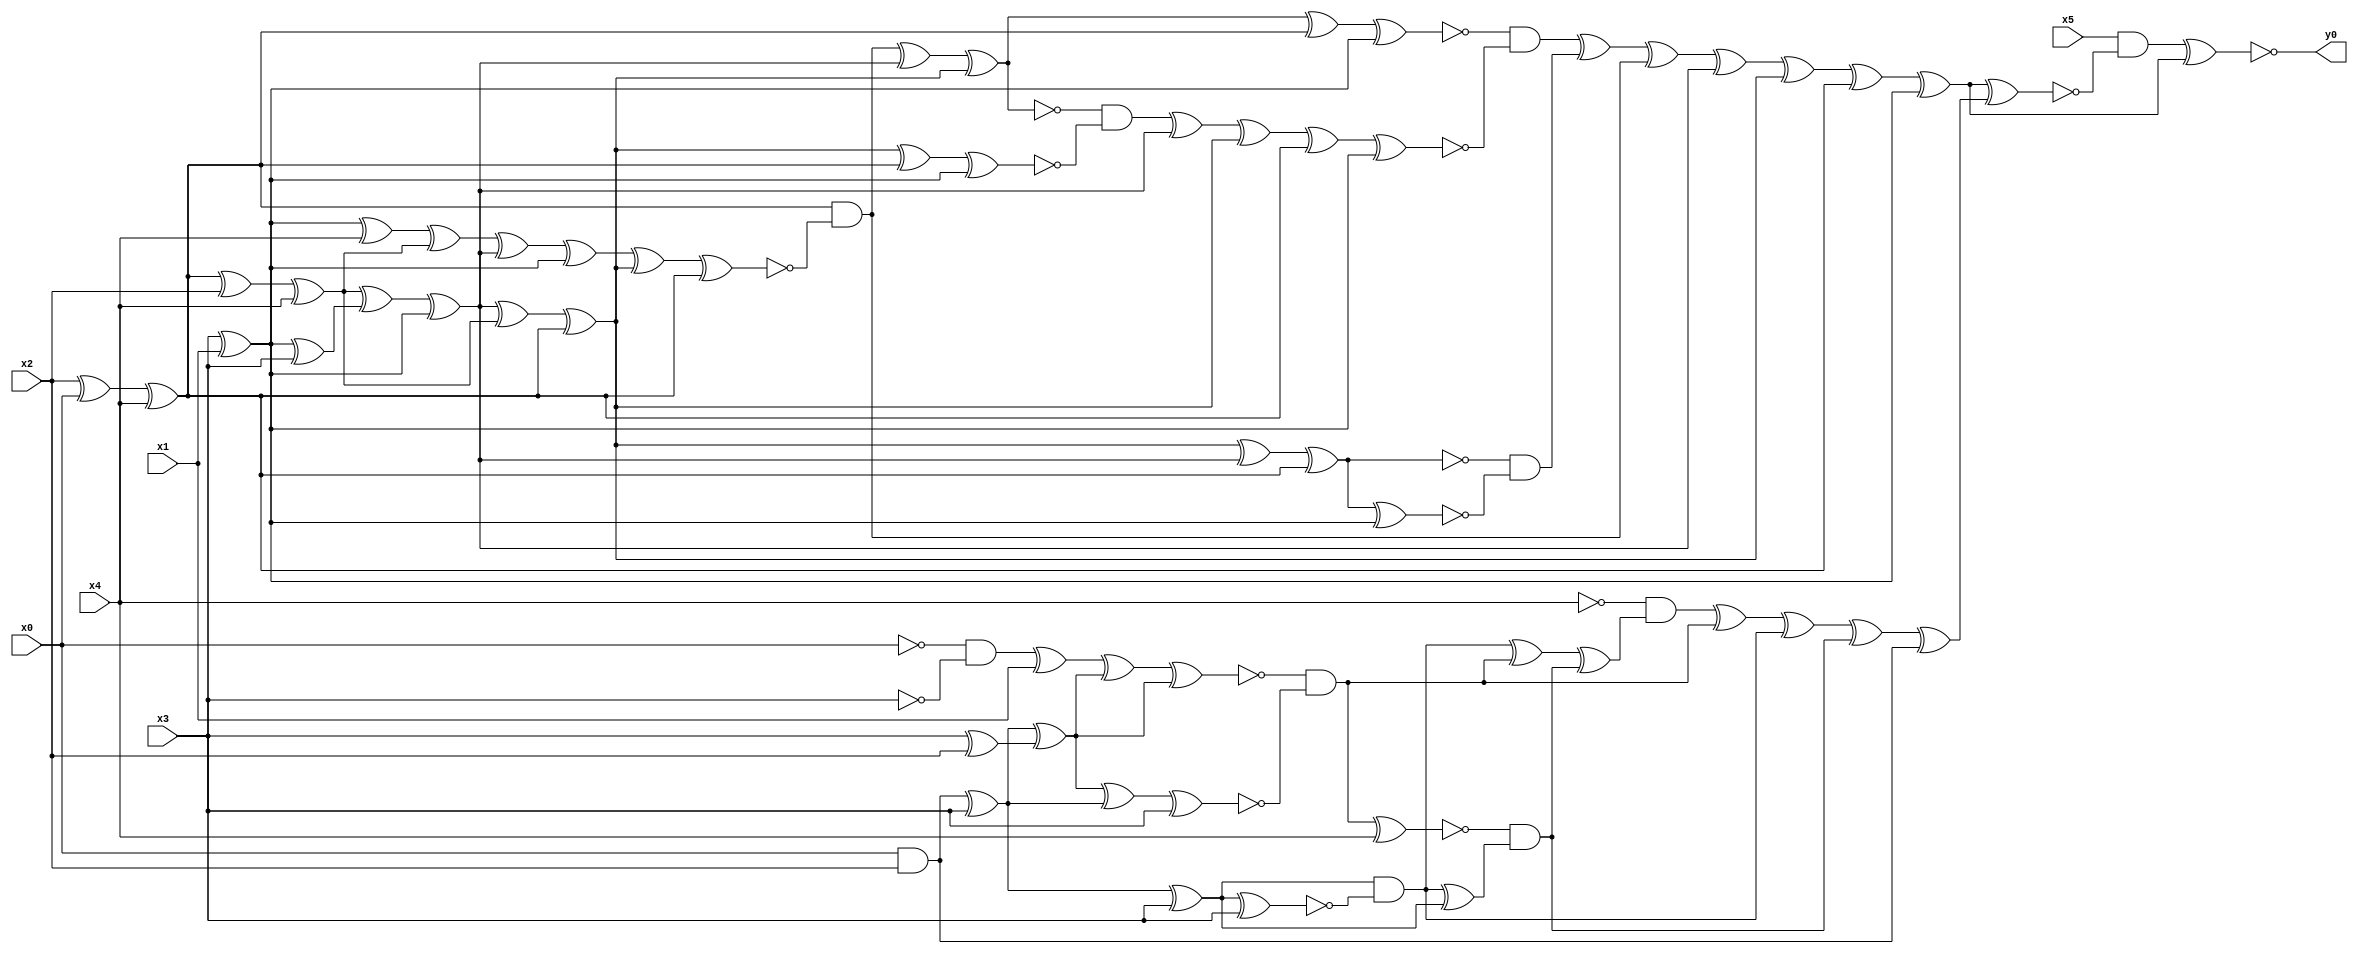
module top( x0 , x1 , x2 , x3 , x4 , x5 , y0 );
  input x0 , x1 , x2 , x3 , x4 , x5 ;
  output y0 ;
  wire n7 , n8 , n9 , n10 , n11 , n12 , n13 , n14 , n15 , n16 , n17 , n18 , n19 , n20 , n21 , n22 , n23 , n24 , n25 , n26 , n27 , n28 , n29 , n30 , n31 , n32 , n33 , n34 , n35 , n36 , n37 , n38 , n39 , n40 , n41 , n42 , n43 , n44 , n45 , n46 , n47 , n48 , n49 , n50 , n51 , n52 , n53 , n54 , n55 , n56 , n57 , n58 , n59 , n60 , n61 , n62 , n63 , n64 , n65 , n66 , n67 , n68 , n69 , n70 , n71 , n72 ;
  assign n33 = x2 ^ x0 ;
  assign n34 = n33 ^ x4 ;
  assign n31 = x3 ^ x1 ;
  assign n45 = n31 ^ x4 ;
  assign n35 = n34 ^ x2 ;
  assign n36 = n35 ^ x4 ;
  assign n46 = n45 ^ n36 ;
  assign n32 = n31 ^ x3 ;
  assign n37 = n36 ^ n32 ;
  assign n38 = n37 ^ n31 ;
  assign n47 = n46 ^ n38 ;
  assign n48 = n47 ^ n31 ;
  assign n39 = n38 ^ n36 ;
  assign n40 = n39 ^ n34 ;
  assign n49 = n48 ^ n40 ;
  assign n50 = n49 ^ n34 ;
  assign n51 = n34 & ~n50 ;
  assign n52 = n51 ^ n38 ;
  assign n53 = n52 ^ n40 ;
  assign n54 = n53 ^ n34 ;
  assign n55 = n54 ^ n31 ;
  assign n56 = n40 ^ n34 ;
  assign n57 = n56 ^ n31 ;
  assign n58 = ~n53 & ~n57 ;
  assign n59 = n58 ^ n38 ;
  assign n60 = n59 ^ n40 ;
  assign n61 = n60 ^ n34 ;
  assign n62 = n61 ^ n31 ;
  assign n63 = ~n55 & ~n62 ;
  assign n41 = n40 ^ n38 ;
  assign n42 = n41 ^ n34 ;
  assign n43 = n42 ^ n31 ;
  assign n44 = ~n42 & ~n43 ;
  assign n64 = n63 ^ n44 ;
  assign n65 = n64 ^ n51 ;
  assign n66 = n65 ^ n38 ;
  assign n67 = n66 ^ n40 ;
  assign n68 = n67 ^ n34 ;
  assign n69 = n68 ^ n31 ;
  assign n8 = x0 & x2 ;
  assign n9 = n8 ^ x3 ;
  assign n19 = n9 ^ x3 ;
  assign n20 = n19 ^ x3 ;
  assign n21 = n19 & ~n20 ;
  assign n11 = ~x0 & ~x3 ;
  assign n12 = n11 ^ x1 ;
  assign n7 = x3 ^ x2 ;
  assign n10 = n9 ^ n7 ;
  assign n13 = n12 ^ n10 ;
  assign n14 = n13 ^ n10 ;
  assign n15 = n10 ^ n9 ;
  assign n16 = n15 ^ x3 ;
  assign n17 = ~n14 & ~n16 ;
  assign n24 = n21 ^ n17 ;
  assign n18 = n17 ^ x4 ;
  assign n22 = n21 ^ n19 ;
  assign n23 = ~n18 & n22 ;
  assign n25 = n24 ^ n23 ;
  assign n26 = ~x4 & n25 ;
  assign n27 = n26 ^ n17 ;
  assign n28 = n27 ^ n21 ;
  assign n29 = n28 ^ n23 ;
  assign n30 = n29 ^ n8 ;
  assign n70 = n69 ^ n30 ;
  assign n71 = x5 & ~n70 ;
  assign n72 = n71 ^ n69 ;
  assign y0 = ~n72 ;
endmodule